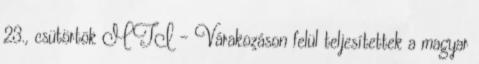
23., csütörtök MTI – Várakozáson felül teljesítettek a magyar